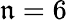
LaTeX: \mathfrak{n}=6